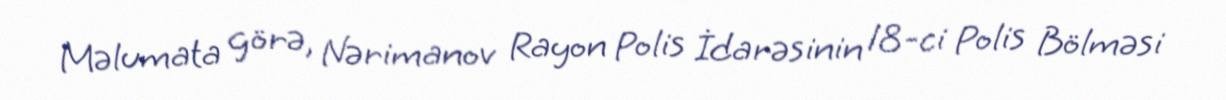
Məlumata görə, Nərimanov Rayon Polis İdarəsinin 18-ci Polis Bölməsi